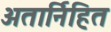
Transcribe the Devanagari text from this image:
अतार्निहित